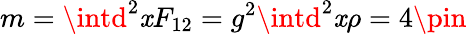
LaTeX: m=\intd^{2}\mathit{x}F_{12}=g^{2}\intd^{2}\mathit{x}\rho=4\pin